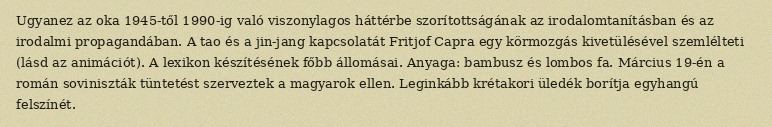
Ugyanez az oka 1945-től 1990-ig való viszonylagos háttérbe szorítottságának az irodalomtanításban és az irodalmi propagandában. A tao és a jin-jang kapcsolatát Fritjof Capra egy körmozgás kivetülésével szemlélteti (lásd az animációt). A lexikon készítésének főbb állomásai. Anyaga: bambusz és lombos fa. Március 19-én a román soviniszták tüntetést szerveztek a magyarok ellen. Leginkább krétakori üledék borítja egyhangú felszínét.